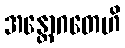
အန္တောဂတေဟိ